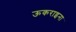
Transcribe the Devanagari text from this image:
ऊकराइना